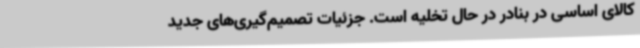
کالای اساسی در بنادر در حال تخلیه است. جزئیات تصمیم‌گیری‌های جدید